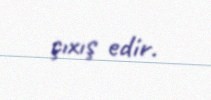
çıxış edir.